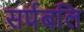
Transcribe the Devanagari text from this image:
सर्पबलि